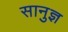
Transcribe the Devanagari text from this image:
सानुज्ञ